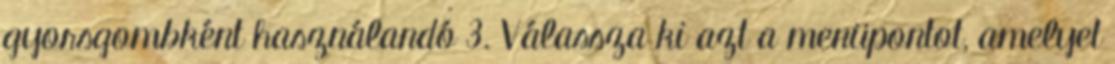
gyorsgombként használandó 3. Válassza ki azt a menüpontot, amelyet